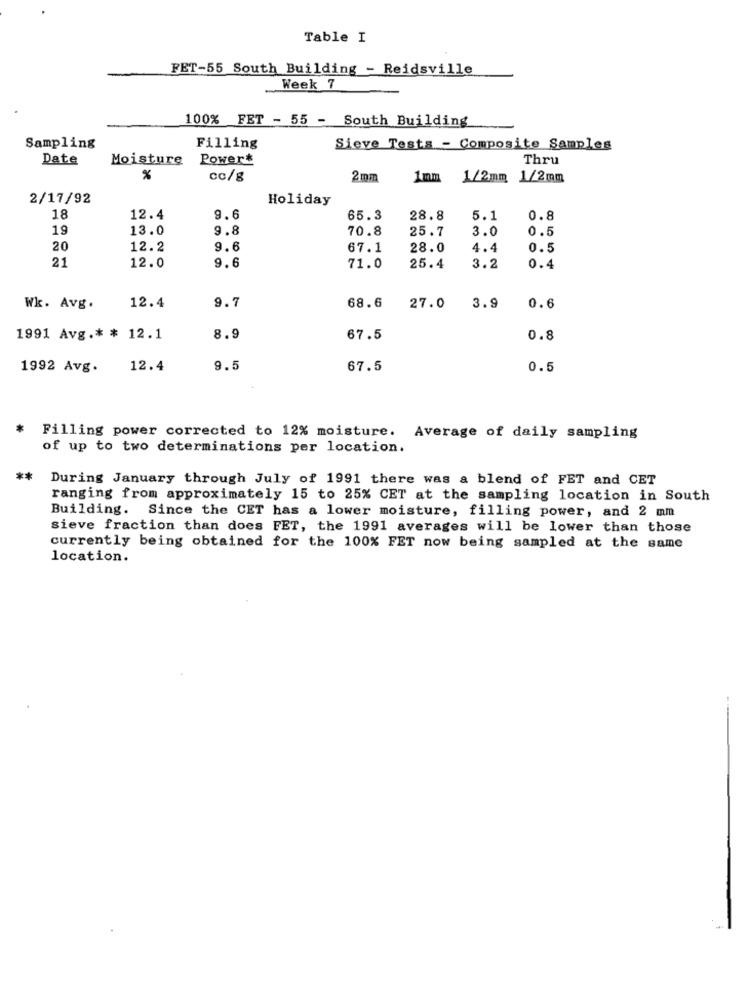
Table I
FET-55 South Building - Reidsville
Week 7
100% FET - 55 - South Building
Sampling
Filling
Sieve Tests - Composite Samples
Date
Moisture
Power&
Thru
%
cc/g
2mm
1mm 1/2mm 1/2mm
2/17/92
Holiday
18
12.4
9.6
65.3
28.8
5.1
0.8
19
13.0
9.8
70.8
25.7
3.0
0.5
20
12.2
9.6
67.1
28.0
4.4
0.5
21
9.6
12.0
71.0
25.4
3.2
0.4
9.7
Wk. Avg.
12.4
68.6
27.0
3.9
0.6
1991 Avg .* * 12.1
8.9
67.5
0.8
1992 Avg.
12.4
9.5
67.5
0.5
Filling power corrected to 12% moisture. Average of daily sampling
of up to two determinations per location.
**
During January through July of 1991 there was a blend of FET and CET
ranging from approximately 15 to 25% CET at the sampling location in South
Building. Since the CET has a lower moisture, filling power, and 2 mm
sieve fraction than does FET, the 1991 averages will be lower than those
currently being obtained for the 100% FET now being sampled at the same
location.